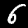
Digit: 6